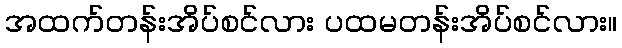
အထက်တန်းအိပ်စင်လား ပထမတန်းအိပ်စင်လား။